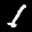
Label: 1